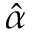
\hat { \alpha }